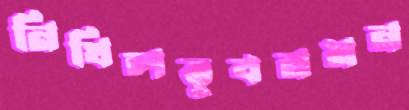
নিখিলভুবনমন